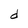
Character: d